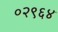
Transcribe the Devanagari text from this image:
०२९६४